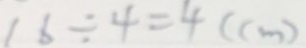
1 6 \div 4 = 4 ( c m )